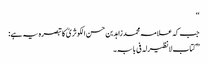
‘‘
جب کہ علامہ محمد زاہد بن حسن الکوثریؒ کا تبصرہ یہ ہے:
’’کتاب لانظیرلہ فی بابہ۔